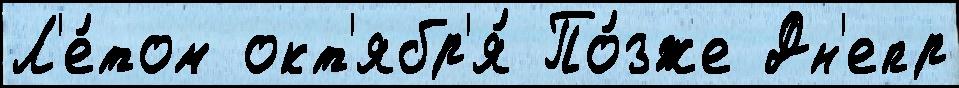
Л'е́том окт'ябр'я́ По́зже Дн'епр